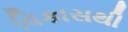
વિકાસથી